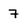
Character: 7